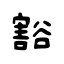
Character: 豁